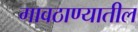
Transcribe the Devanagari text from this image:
गावठाण्यातील